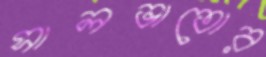
সালভাতোর